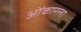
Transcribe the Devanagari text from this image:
ओंकारला